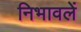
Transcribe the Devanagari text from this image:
निभावलें